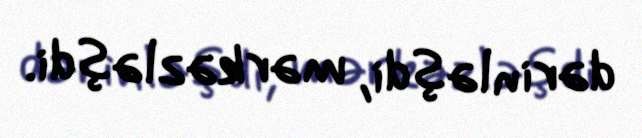
dərinləşdi, mərkəzləşdi.